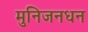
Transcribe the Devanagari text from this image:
मुनिजनधन